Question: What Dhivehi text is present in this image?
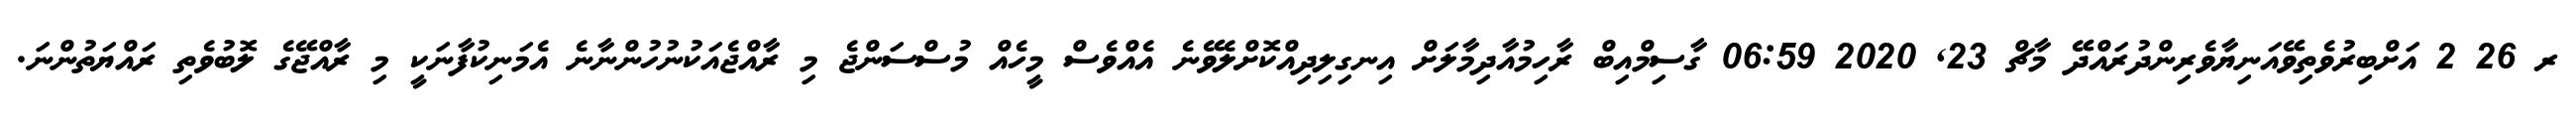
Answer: ރ 26 2 އަށްބިރުވެތިވޭއަނިޔާވެރިންދުރައްދޭ މާޗް 23, 2020 06:59 ގާސިމްއިބް ރާހިމުއާދިމާލަށް އިނގިލިދިއްކޮށްލެވޭނެ އެއްވެސް މީހެއް މުސްސަންޖެ މި ރާއްޖެއަކުނުހުންނާނެ އެމަނިކުފާނަކީ މި ރާއްޖޭގެ ލޮބުވެތި ރައްޔަތުންނަ.